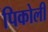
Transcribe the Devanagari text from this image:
पिकोली